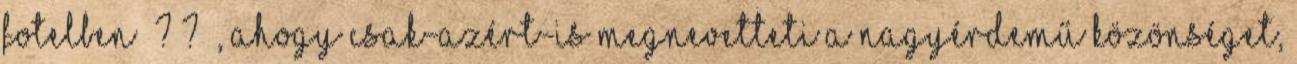
fotelben ? ? , ahogy csak-azért-is megnevetteti a nagyérdemű közönséget,